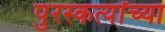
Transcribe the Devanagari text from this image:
पुरस्कर्त्यांच्या